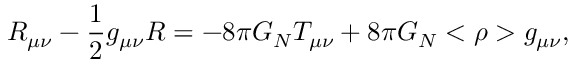
R _ { \mu \nu } - { \frac { 1 } { 2 } } g _ { \mu \nu } R = - 8 \pi G _ { N } T _ { \mu \nu } + 8 \pi G _ { N } < \rho > g _ { \mu \nu } ,